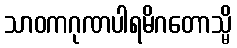
သာဝကဂုဏပါရမိဂတောသ္မိ